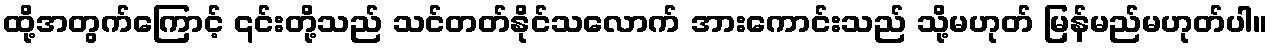
ထို့အတွက်ကြောင့် ၎င်းတို့သည် သင်တတ်နိုင်သလောက် အားကောင်းသည် သို့မဟုတ် မြန်မည်မဟုတ်ပါ။